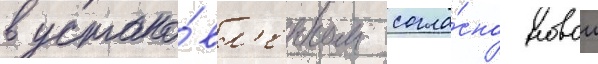
в устано́вл'енном согла́сно новои